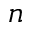
n